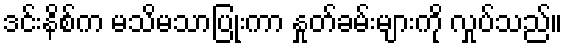
ဒင်းနိစ်က မသိမသာပြုံးကာ နှုတ်ခမ်းများကို လှုပ်သည်။